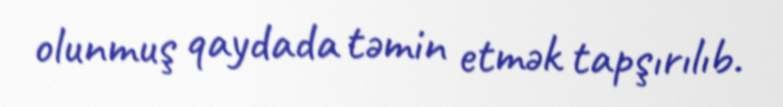
olunmuş qaydada təmin etmək tapşırılıb.